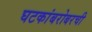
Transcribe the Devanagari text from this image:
घटकांबरोबरची